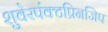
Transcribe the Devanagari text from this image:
शुवेरपंक्टप्रिनजिप